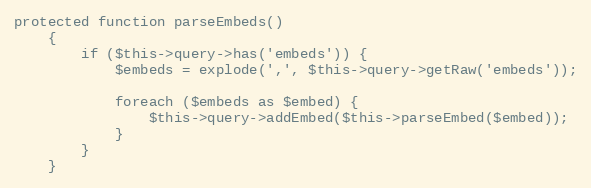
Language: PHP
protected function parseEmbeds()
    {
        if ($this->query->has('embeds')) {
            $embeds = explode(',', $this->query->getRaw('embeds'));

            foreach ($embeds as $embed) {
                $this->query->addEmbed($this->parseEmbed($embed));
            }
        }
    }